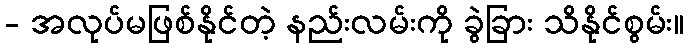
- အလုပ်မဖြစ်နိုင်တဲ့ နည်းလမ်းကို ခွဲခြား သိနိုင်စွမ်း။